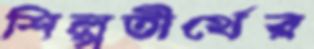
শিল্পতীর্থের